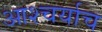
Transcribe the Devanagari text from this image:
आश्चर्याच